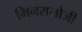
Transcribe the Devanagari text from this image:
मिनरालोजी